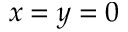
x = y = 0